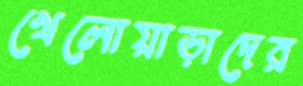
খেলোয়াড়াদের